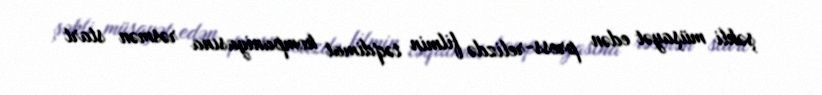
şəkli müşayət edən press-relizdə filmin təqdimat kompaniyasına rəsmən start